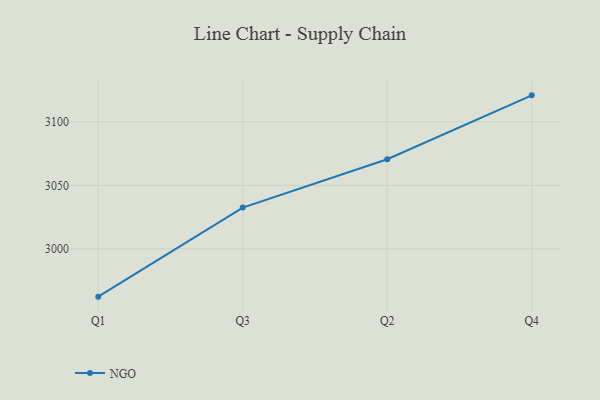
{"axis": {"x": "Quarter", "y": "Production Output"}, "legend": ["NGO"], "data": [{"x": "Q1", "y": 2962.4, "type": "NGO"}, {"x": "Q3", "y": 3032.5, "type": "NGO"}, {"x": "Q2", "y": 3070.5, "type": "NGO"}, {"x": "Q4", "y": 3120.8, "type": "NGO"}]}